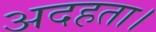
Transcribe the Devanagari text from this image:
अदहता।